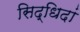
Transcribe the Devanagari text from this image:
सिद्धिदां